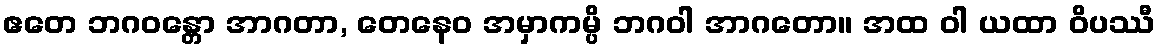
ဧတေ ဘဂဝန္တော အာဂတာ, တေနေဝ အမှာကမ္ပိ ဘဂဝါ အာဂတော။ အထ ဝါ ယထာ ဝိပဿီ